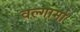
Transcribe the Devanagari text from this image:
वल्गार्मा